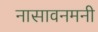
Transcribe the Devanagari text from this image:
नासावनमनी